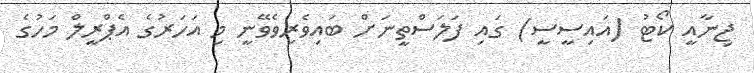
ޖިނާއީ ކޯޓު (އައިސީސީ) ގައި ފަލަސްތީނަށް ބައިވެރިވެވޭނީ މި އަހަރުގެ އެޕްރީލް މަހުގެ